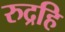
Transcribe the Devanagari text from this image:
रुद्रहि